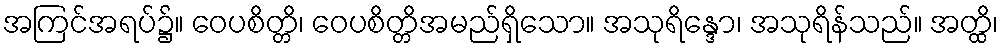
အကြင်အရပ်၌။ ဝေပစိတ္တိ၊ ဝေပစိတ္တိအမည်ရှိသော။ အသုရိန္ဒော၊ အသုရိန်သည်။ အတ္ထိ၊